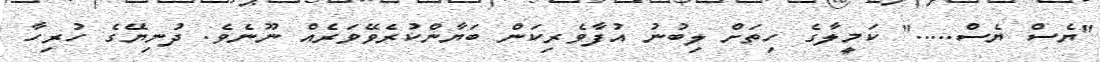
"ޔެސް ޔެސް....." ކަމީލާގެ ހިތަށް ލިބުނު އުފާވެރިކަން ބަޔާންކުރެވޭވަރެއް ނޫނެވެ. ދުނިޔޭގެ ހުރިހާ